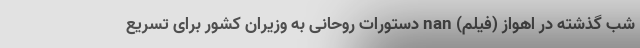
شب گذشته در اهواز‌ (فیلم) nan دستورات روحانی به وزیران کشور برای تسریع